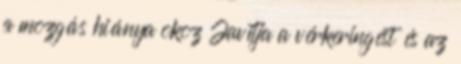
a mozgás hiánya okoz Javítja a vérkeringést és az